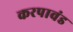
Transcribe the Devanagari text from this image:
करपावंड